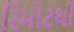
રિમોટથી